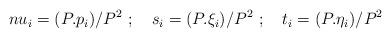
LaTeX: \begin{align*}\\nu_i = (P.p_i)/P^2\ ;\quad s_i = (P.\xi_i)/P^2 \ ;\quad t_i = (P.\eta_i)/P^2\end{align*}